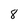
Character: 8